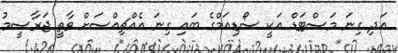
އަދި ގިނަ މަސްޓަޑް އަކީ ސޯޑިއަމްގެ ބައި ގިނަ އެއްޗިއްސަށް ވާތީ ޖަރާސީމު